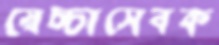
স্বেচ্চাসেবক